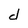
Character: d